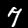
Label: 7